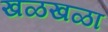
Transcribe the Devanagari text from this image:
खळखळा